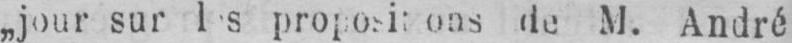
de M. André